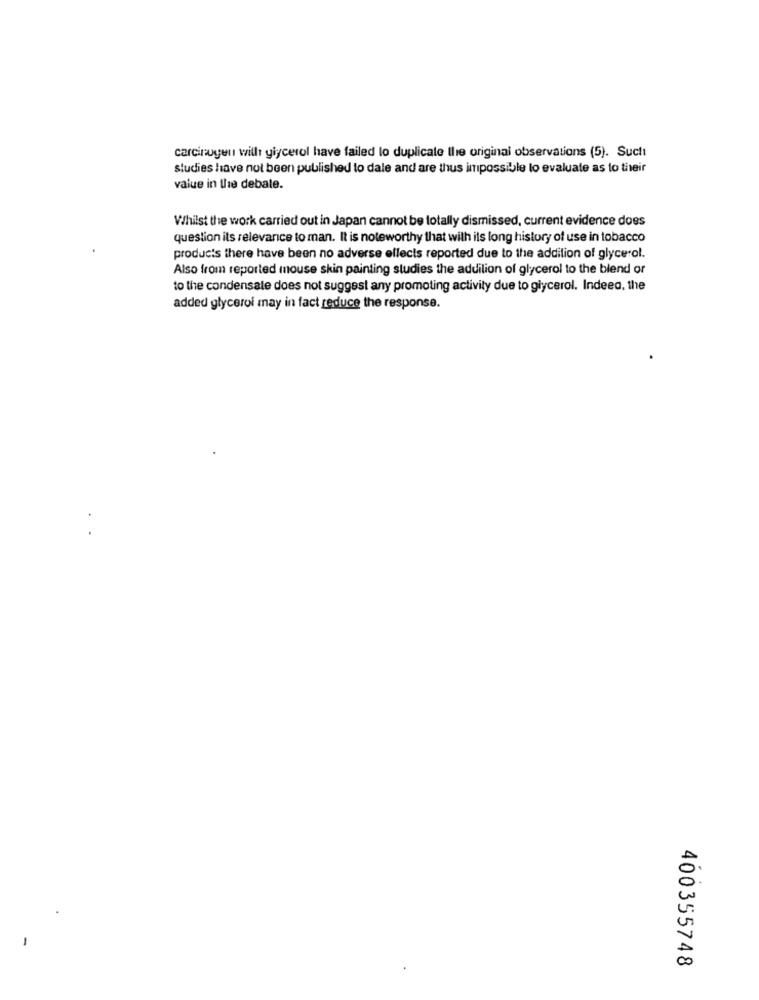
carcinogen will giycerol have failed to duplicate the original observations (5). Sucht
studies have not been published to dale and are thus impossible to evaluate as to their
value in the debate.
Whilst the work carried out in Japan cannot be totally dismissed, current evidence does
question its relevance to man. It is noteworthy that wilh ils long history of use in tobacco
products there have been no adverse effects reported due to the addition of glycerol.
Also from reported mouse skin painting studies the addition of glycerol to the blend or
to the condensale does not suggest any promoting activity due to glycerol. Indeed, the
added glycerol may in fact reduce the response.
400355748